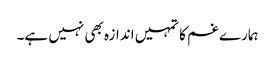
ہمارے غم کا تمہیں اندازہ بھی نہیں ہے۔